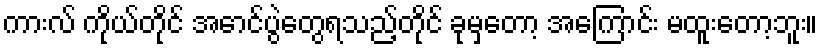
ကားလ် ကိုယ်တိုင် အောင်ပွဲတွေရသည့်တိုင် ခုမှတော့ အကြောင်း မထူးတော့ဘူး။